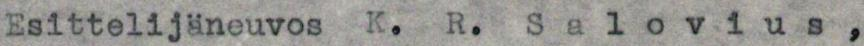
Esittelijäneuvos K. R. Salovius,